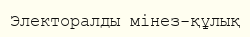
Электоралды мінез-құлық